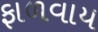
ફાળવાય